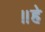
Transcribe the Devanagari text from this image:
॥हे